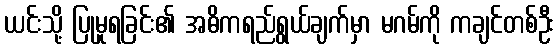
ယင်းသို့ ပြုမူရခြင်း၏ အဓိကရည်ရွယ်ချက်မှာ မဂမ်ကို ကချင်တစ်ဦး